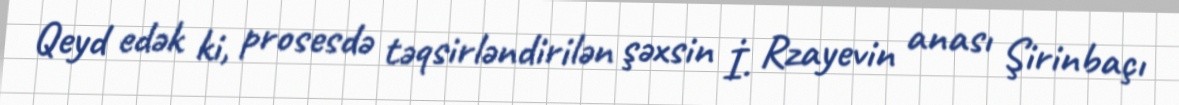
Qeyd edək ki, prosesdə təqsirləndirilən şəxsin İ. Rzayevin anası Şirinbaçı